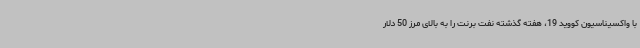
با واکسیناسیون کووید 19، هفته گذشته نفت برنت را به بالای مرز 50 دلار